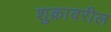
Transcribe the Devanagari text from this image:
शुक्रावरील